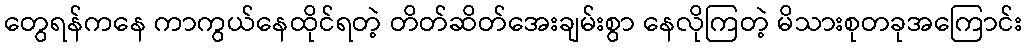
တွေရန်ကနေ ကာကွယ်နေထိုင်ရတဲ့ တိတ်ဆိတ်အေးချမ်းစွာ နေလိုကြတဲ့ မိသားစုတခုအကြောင်း